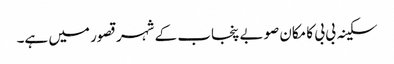
سکینہ بی بی کا مکان صوبے پنجاب کے شہر قصور میں ہے۔